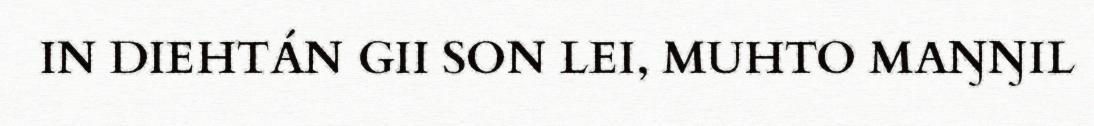
IN DIEHTÁN GII SON LEI, MUHTO MAŊŊIL